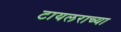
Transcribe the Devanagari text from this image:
टायलराच्या